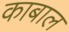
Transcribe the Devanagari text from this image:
काबाल